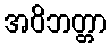
အဝိဘတ္တာ